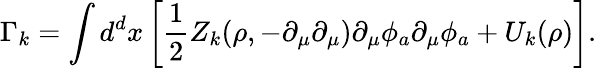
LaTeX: \Gamma_{k}=\int d^{d}x\left[\frac{1}{2}Z_{k}(\rho,-\partial_{\mu}\partial_{\mu})\partial_{\mu}\phi_{a}\partial_{\mu}\phi_{a}+U_{k}(\rho)\right].